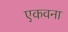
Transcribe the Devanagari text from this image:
एकवना